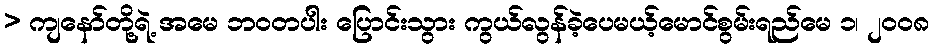
> ကျနော်တို့ရဲ့ အမေ ဘဝတပါး ပြောင်းသွား ကွယ်လွန်ခဲ့ပေမယ့်မောင်စွမ်းရည်မေ ၁၊ ၂၀၀၈